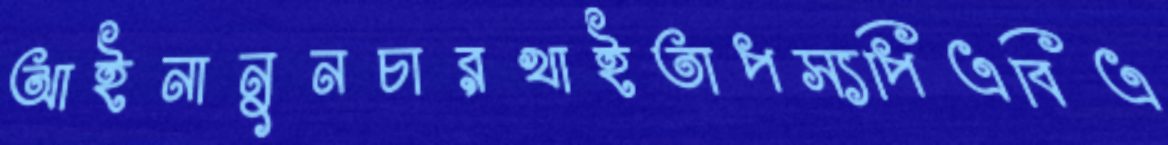
আইনানুনচারখাইতাপস্যপিএবিএ